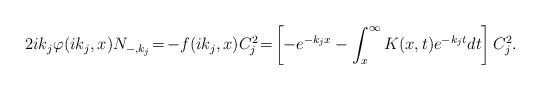
LaTeX: \begin{align*}2ik_j\varphi(ik_j,x)N_{-,k_j}\!=\!-f(ik_j,x)C_j^2\!=\!\left[-e^{-k_jx}-\int_x^\infty K(x,t)e^{-k_jt}dt\right]C_j^2.\end{align*}